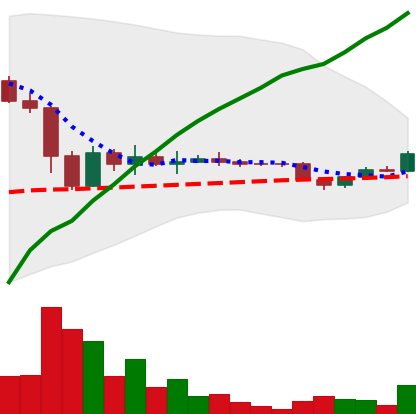
Ticker: DOGE-USD
Chart end date: 2022-11-25
Forward return: 19.43%
Label: up_7plus